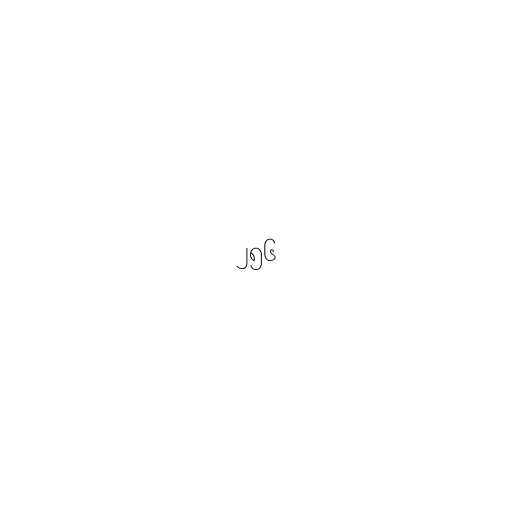
၂၅၆